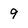
Character: 9